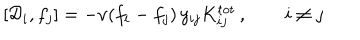
\left[ { \cal D } _ { i } , f _ { j } \right] = - \nu ( f _ { i } - f _ { j } ) \, y _ { i j } K _ { i j } ^ { \mathrm { t o t } } \, , \qquad i \ne j